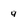
Character: y